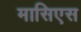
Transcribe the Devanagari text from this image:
मासिएस